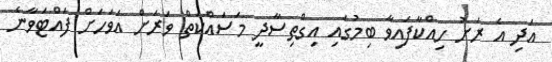
އަދި އެ ރަށު ހިއްކާފައިވާ ބިމުގައި އިގްތިސާދީ މަސައްކަތް ވަރަށް އަވަހަށް ފައްޓަވާނެ